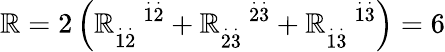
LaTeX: \mathbb{R}=2\left(\mathbb{R}_{\overset{.}{1}\overset{.}{2}}^{\quad\overset{.}{1}\overset{.}{2}}+\mathbb{R}_{\overset{.}{2}\overset{.}{3}}^{\quad\overset{.}{2}\overset{.}{3}}+\mathbb{R}_{\overset{.}{1}\overset{.}{3}}^{\quad\overset{.}{1}\overset{.}{3}}\right)=6